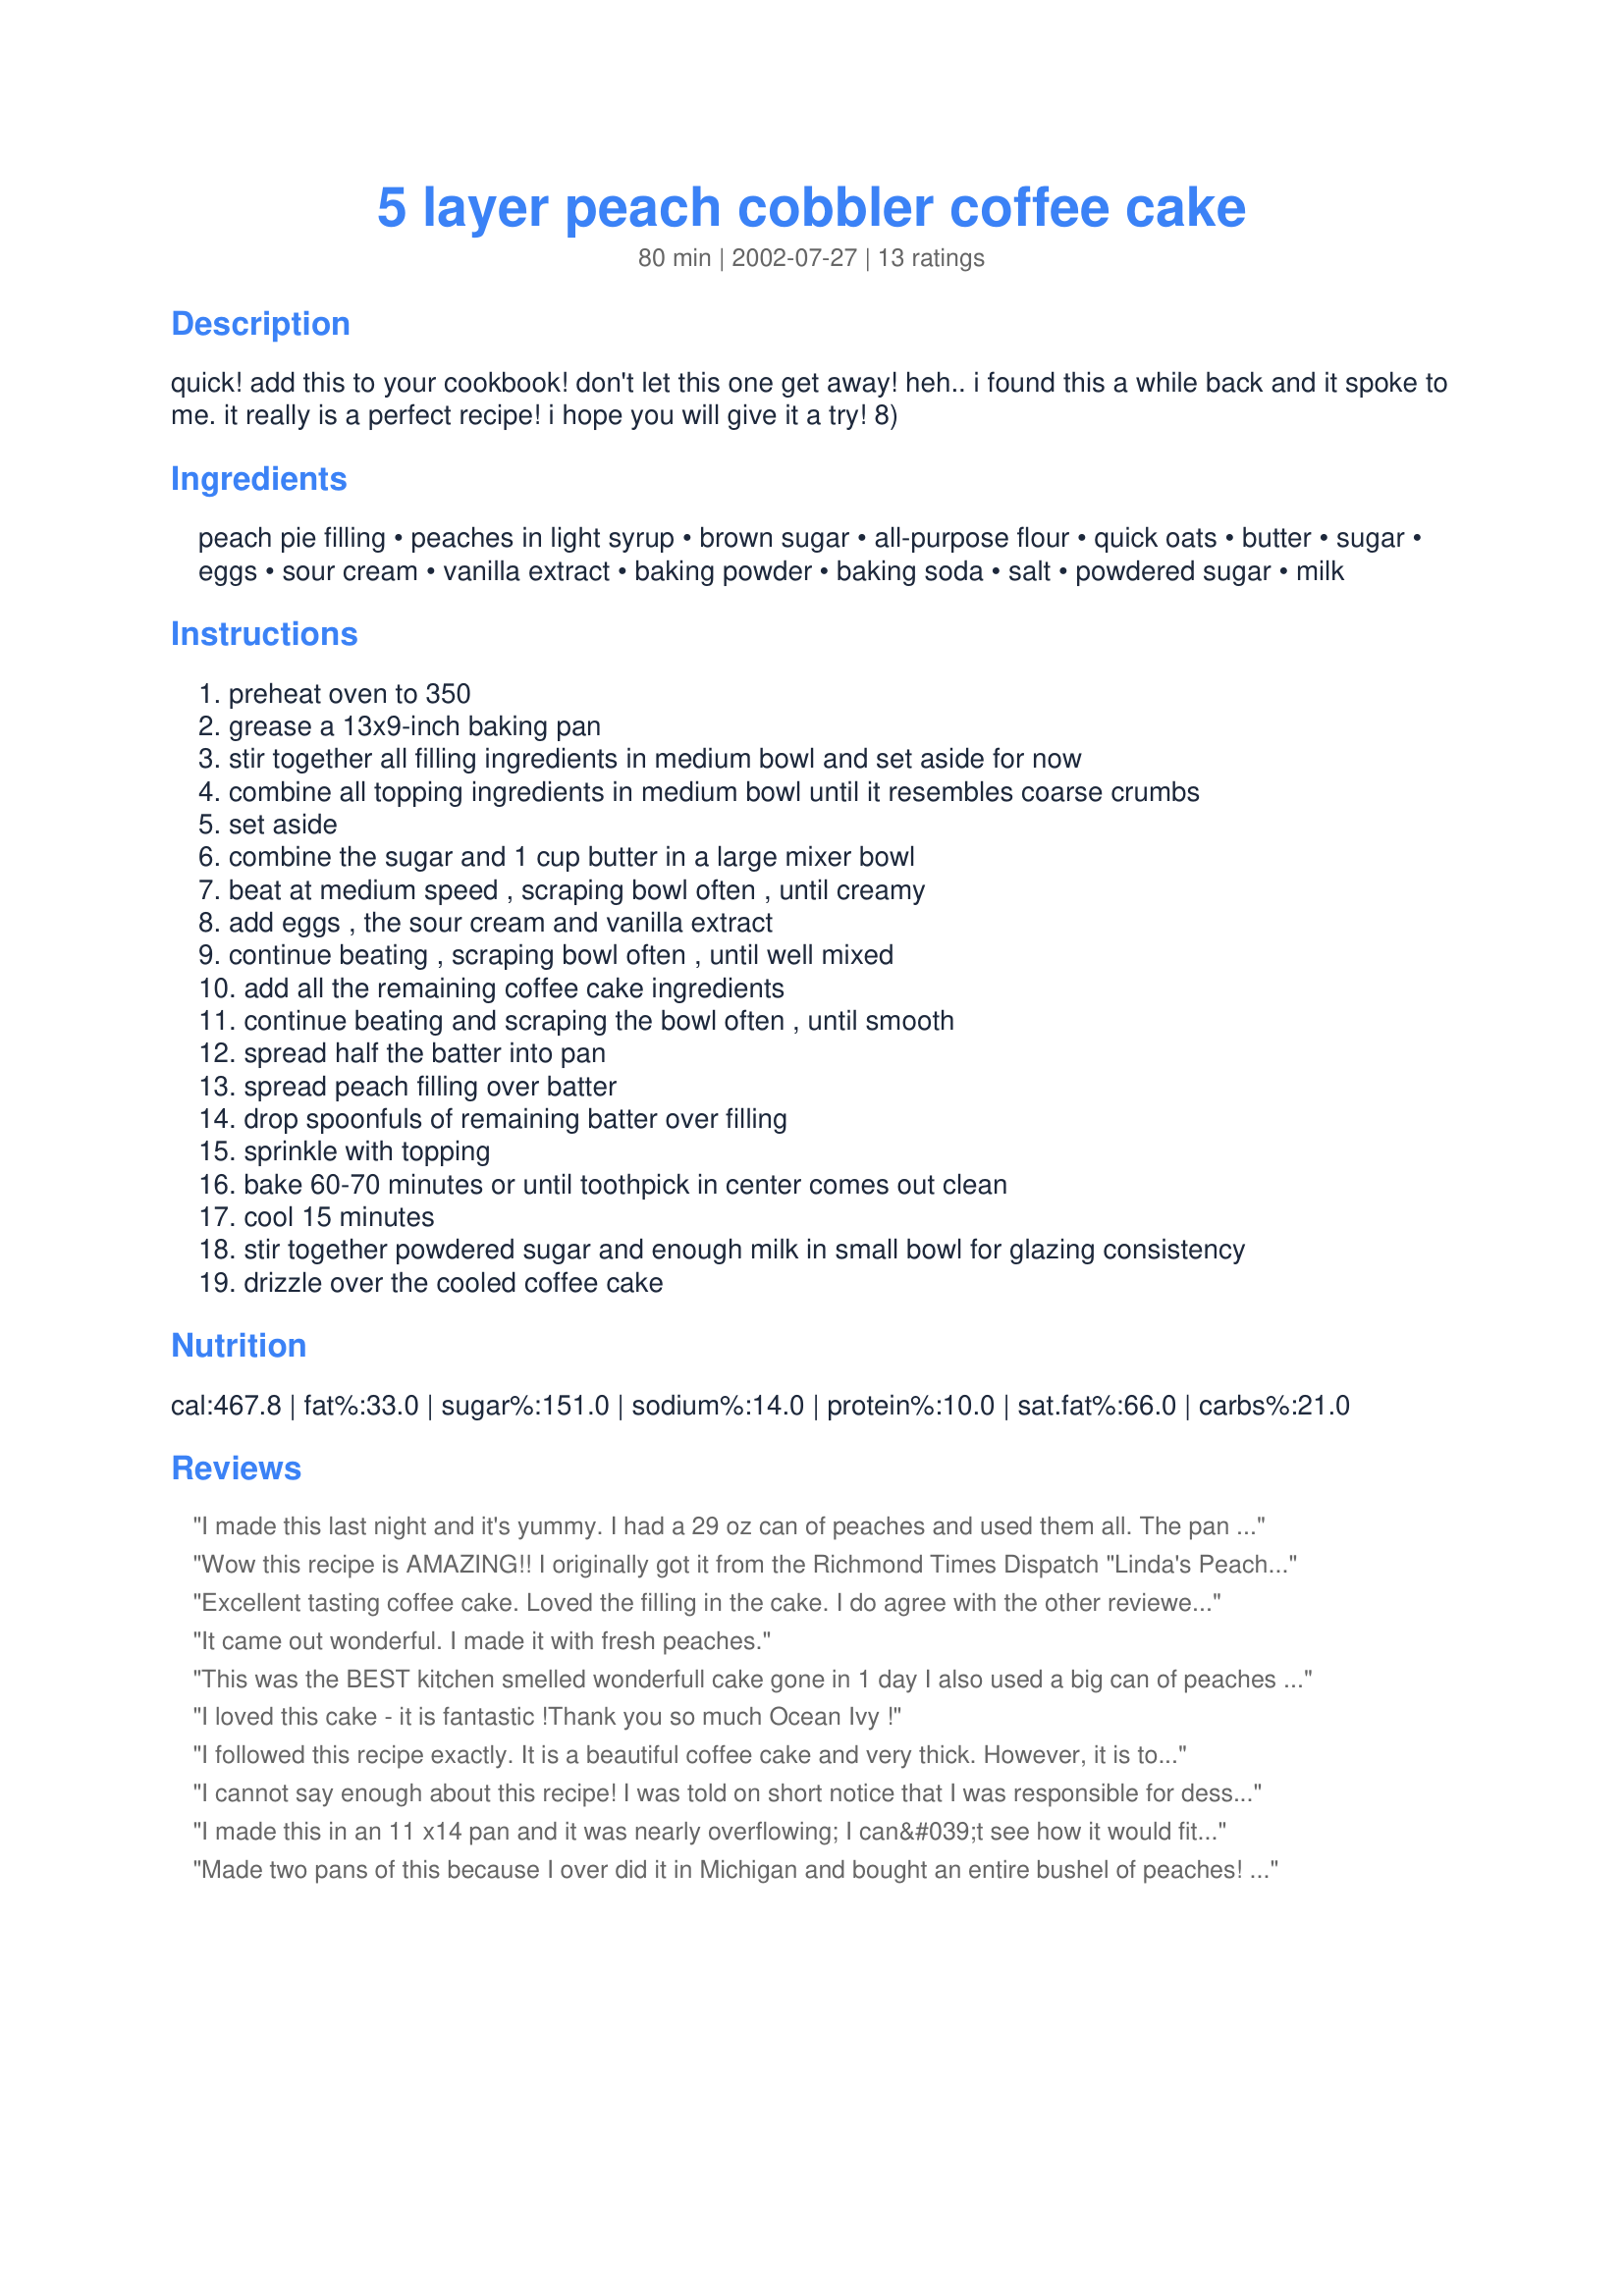
5 layer peach cobbler coffee cake
Preparation time: 80 minutes

quick! add this to your cookbook! don't let this one get away! heh.. i found this a while back and it spoke to me. it really is a perfect recipe! i hope you will give it a try! 8)

Ingredients:
peach pie filling, peaches in light syrup, brown sugar, all-purpose flour, quick oats, butter, sugar, eggs, sour cream, vanilla extract, baking powder, baking soda, salt, powdered sugar, milk

Steps:
preheat oven to 350
grease a 13x9-inch baking pan
stir together all filling ingredients in medium bowl and set aside for now
combine all topping ingredients in medium bowl until it resembles coarse crumbs
set aside
combine the sugar and 1 cup butter in a large mixer bowl
beat at medium speed , scraping bowl often , until creamy
add eggs , the sour cream and vanilla extract
continue beating , scraping bowl often , until well mixed
add all the remaining coffee cake ingredients
continue beating and scraping the bowl often , until smooth
spread half the batter into pan
spread peach filling over batter
drop spoonfuls of remaining batter over filling
sprinkle with topping
bake 60-70 minutes or until toothpick in center comes out clean
cool 15 minutes
stir together powdered sugar and enough milk in small bowl for glazing consistency
drizzle over the cooled coffee cake

Reviews:
I made this last night and it's yummy. I had a 29 oz can of peaches and used them all. The pan was so full it almost overflowed as it baked. DH, DS and I had some still warm from the oven and after we finished I realized I had forgotten to put on the glaze! It was still good. :-)
Wow this recipe is AMAZING!! I originally got it from the Richmond Times Dispatch "Linda's Peach Cobbler Coffeecake" and made this for coworkers at my Boss's request. I agree with the reviewer that it could use a 30 oz can of peaches...and while I was making the dough I felt it was too thick, but it turns out sort of pound-cakey and DELISH.
Excellent tasting coffee cake. Loved the filling in the cake. I do agree with the other reviewer that a 30 oz can of peaches could be used. Thanks for posting this recipe.
It came out wonderful. I made it with fresh peaches.
This was the BEST kitchen smelled wonderfull cake gone in 1 day I also used a big can of peaches cant have to many Will make over and over
I loved this cake - it is fantastic !Thank you so much Ocean Ivy !
I followed this recipe exactly. It is a beautiful coffee cake and very thick. However, it is too thick and sweet with all the layers. I will be making it again but with only the batter and the peaches.
I cannot say enough about this recipe! I was told on short notice that I was responsible for dessert at a "comfort food" themed potluck dinner. I had everything on hand except for the peaches. It all came together SOOO quickly (I didn't even use an electric mixer, just did it by hand). Like another reviewer, I completely forgot about the glaze. This dish bakes up beautifully and was the hit of the potluck. Served it with whipped cream! Thanks so much!
I made this in an 11 x14 pan and it was nearly overflowing; I can&#039;t see how it would fit in a 9x13 pan! After 1 hour it was still gooey on top so I baked another 10 minutes. By then the bottom and edges were very dark brown and tough. The flavor was good, not too sweet, but I I don&#039;t know how to get it baked all the way through without the leathery bottom.
Made two pans of this because I over did it in Michigan and bought an entire bushel of peaches! The only thing I added to the already great recipe was chopped pecans in the topping and maple syrup to the drizzle. Yummmmmmm! Thanks Ocean Ivy for helping to put a dent in my dozens of golden gems.
This made a really tasty coffee cake. I used apricot pie filling instead of peach and forgot to do the glaze. Thanks for posting this recipe!
This was EXCELLENT. I did use the extra peaches (29 oz.) and would highly recommend this, it was just right. I can't wait to make it again, it was that good. I haven't been this excited about a cake recipe for a long time.
Very good cake. I added 4 oz of cream cheese to my glaze. The only thing I would change in the future would be to use a 30 oz can of peaches instead of 16 oz can. I think extra peaches would be nice. This cake was very moist and I liked the different layers. Thank you for this lovely recipe. I will make this again.
